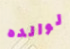
لوالده